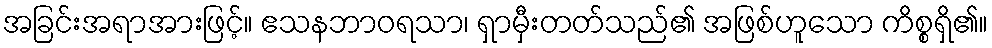
အခြင်းအရာအားဖြင့်။ ဧသနဘာဝရသာ၊ ရှာမှီးတတ်သည်၏ အဖြစ်ဟူသော ကိစ္စရှိ၏။